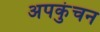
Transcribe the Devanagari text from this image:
अपकुंचन